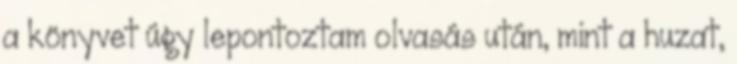
a könyvet úgy lepontoztam olvasás után, mint a huzat,